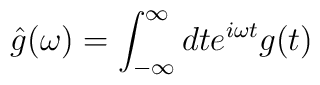
\hat{g}(\omega)= \int^{\infty}_{-\infty}dt e^{i\omega t}g(t)